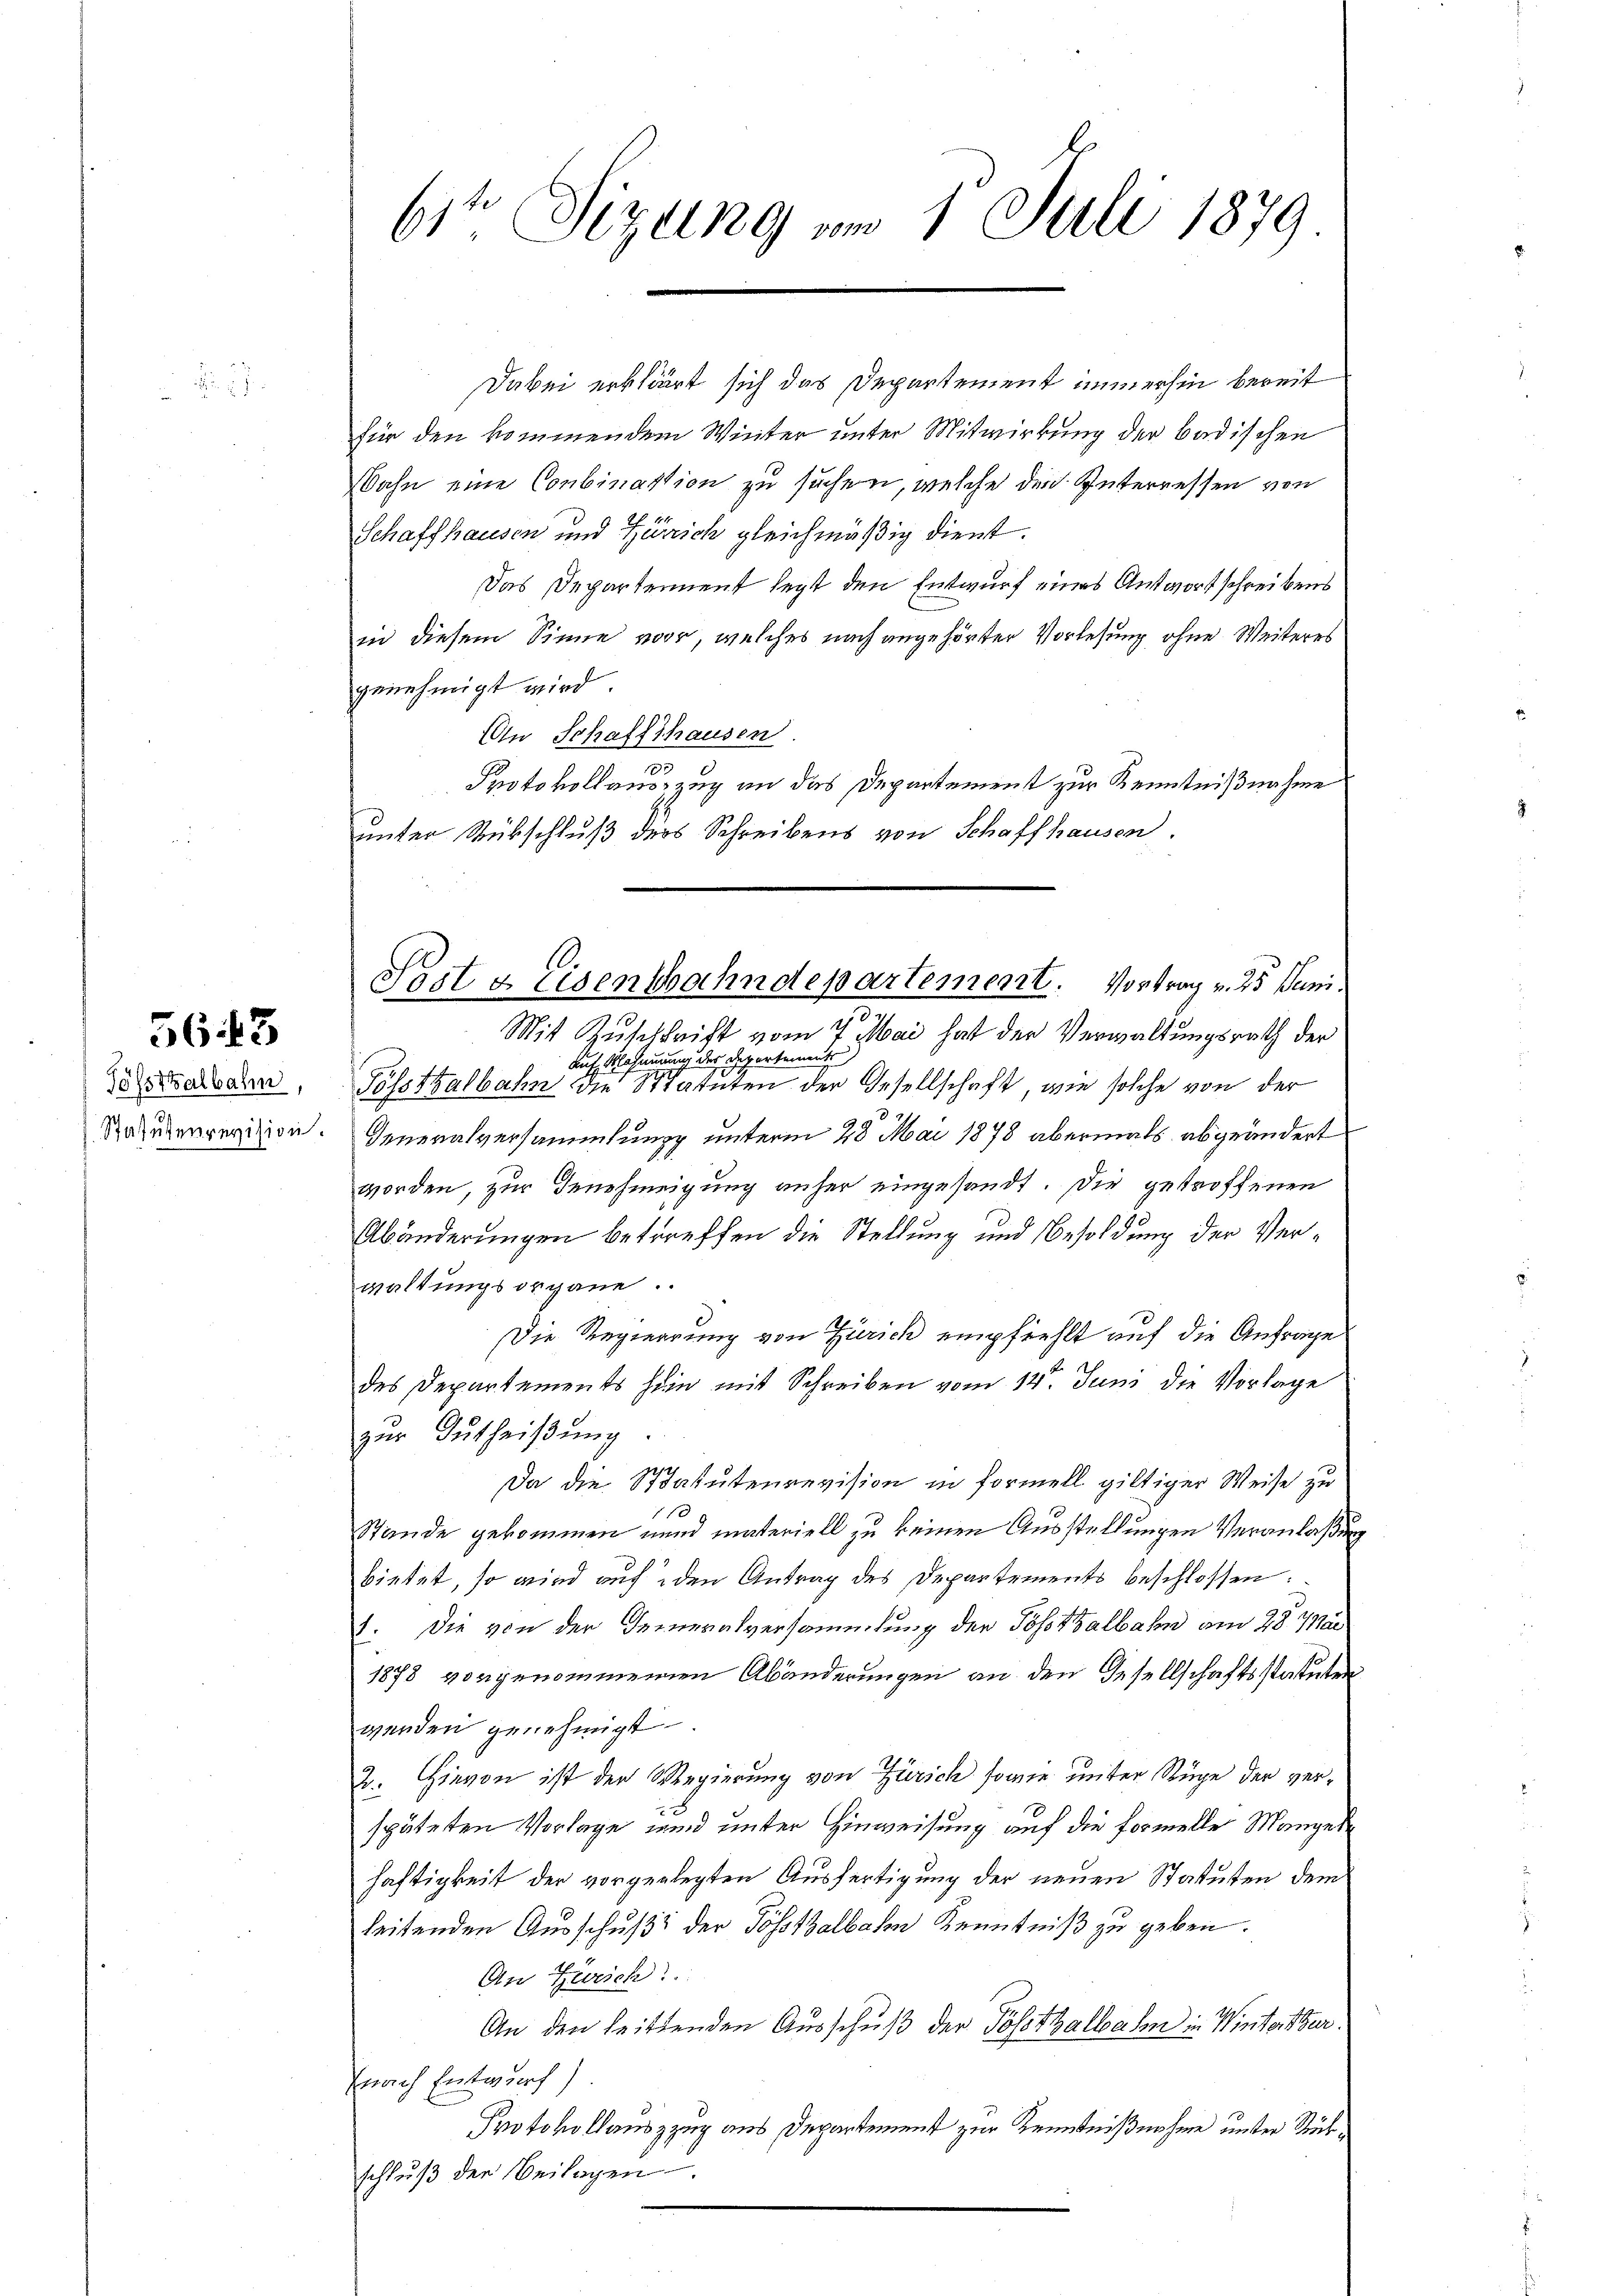
Tößsthalbahn,

5643

614 Sizung um 1 Juli 1879

Sost & Eisenbahndepartement. Vortrag v. 25 Juni.
Mit Zuschrift vom 7. Mai hat der Verwaltungsrath der

Dabei erklärt sich das Departement immerhin bereit
für den kommendem Winter unter Mitwirkung der badischen
Bahn eine Conbination zu suchen, welche der Interressen von
Schaffhausen und Zürich gleichmäßig dient.
Das Departement legt den Entwurf eines Antwort schreibens
in diesem Sinne vor, welches nach angehörter Vorlesung ohne Weiteres
genehmigt wird
Ain Schaffhausen
e
Protokollauszug an das Departement zur Kenntnißnahme
unter Rübschluß ders Schreibens von Schaffhausen.
Auf Mahnung der Departements
Fösstralbahn die Statuten der Gesellschaft, wie solche von der
Razuerrevision. Generalversammlung unterm 28 Mai 1878 abermals abgeändert
worden, zur Genehmigung anher eingesandt. Die getroffenen
Abänderungen betreffen die Stellung und Besoldung der Verwaltungsorgane.
Die Regierung von Zürich empfiehlt auf die Anfrage
des Departements sein mit Schreiben vom 12. Juni die Vorlage
zur Zutheißung.
221
Da die Statutenrevision in Formell giltiger Weise zu
Stände gekommen und materiell zu keinen Ausstellungen Veranlaßung
bietet, so wird auf den Antrag des Departements beschlossen:
1. Die von der Deineralversammlung der Posthalbahn am 28. Ma
1878 vorgenommenen Abänderungen an den Gesellschaftsstatuten
werden genehmigt.
2. Hievon ist der Regierung von Zürich sowie unter Rüge der verspäteten Vorlage und unter Hinweisung auf die Formelle Manges
haftigkeit der vorgerlegten Ausfertigung der neuen Statuten dem
leitenden Ausschuß der Tösskalbahn Kenntniß zu geben.
An Zürich
An den heittenden Ausschuß der Posthalbahn in Winterther.
(nach Entwurf)
Protokollauszzug aus Departement zur Kenntnißnahme unser Rückschlŭβ der Beilagen.